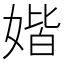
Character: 媘